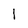
Character: 1